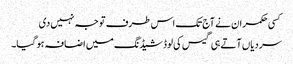
کسی حکمران نے آج تک اس طرف توجہ نہیں دی
سردیاں آتے ہی گیس کی لوڈشیڈنگ میں اضافہ ہو گیا۔